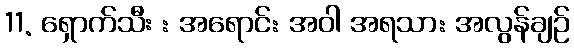
11. ရှောက်သီး : အရောင်: အဝါ အရသာ: အလွန်ချဉ်